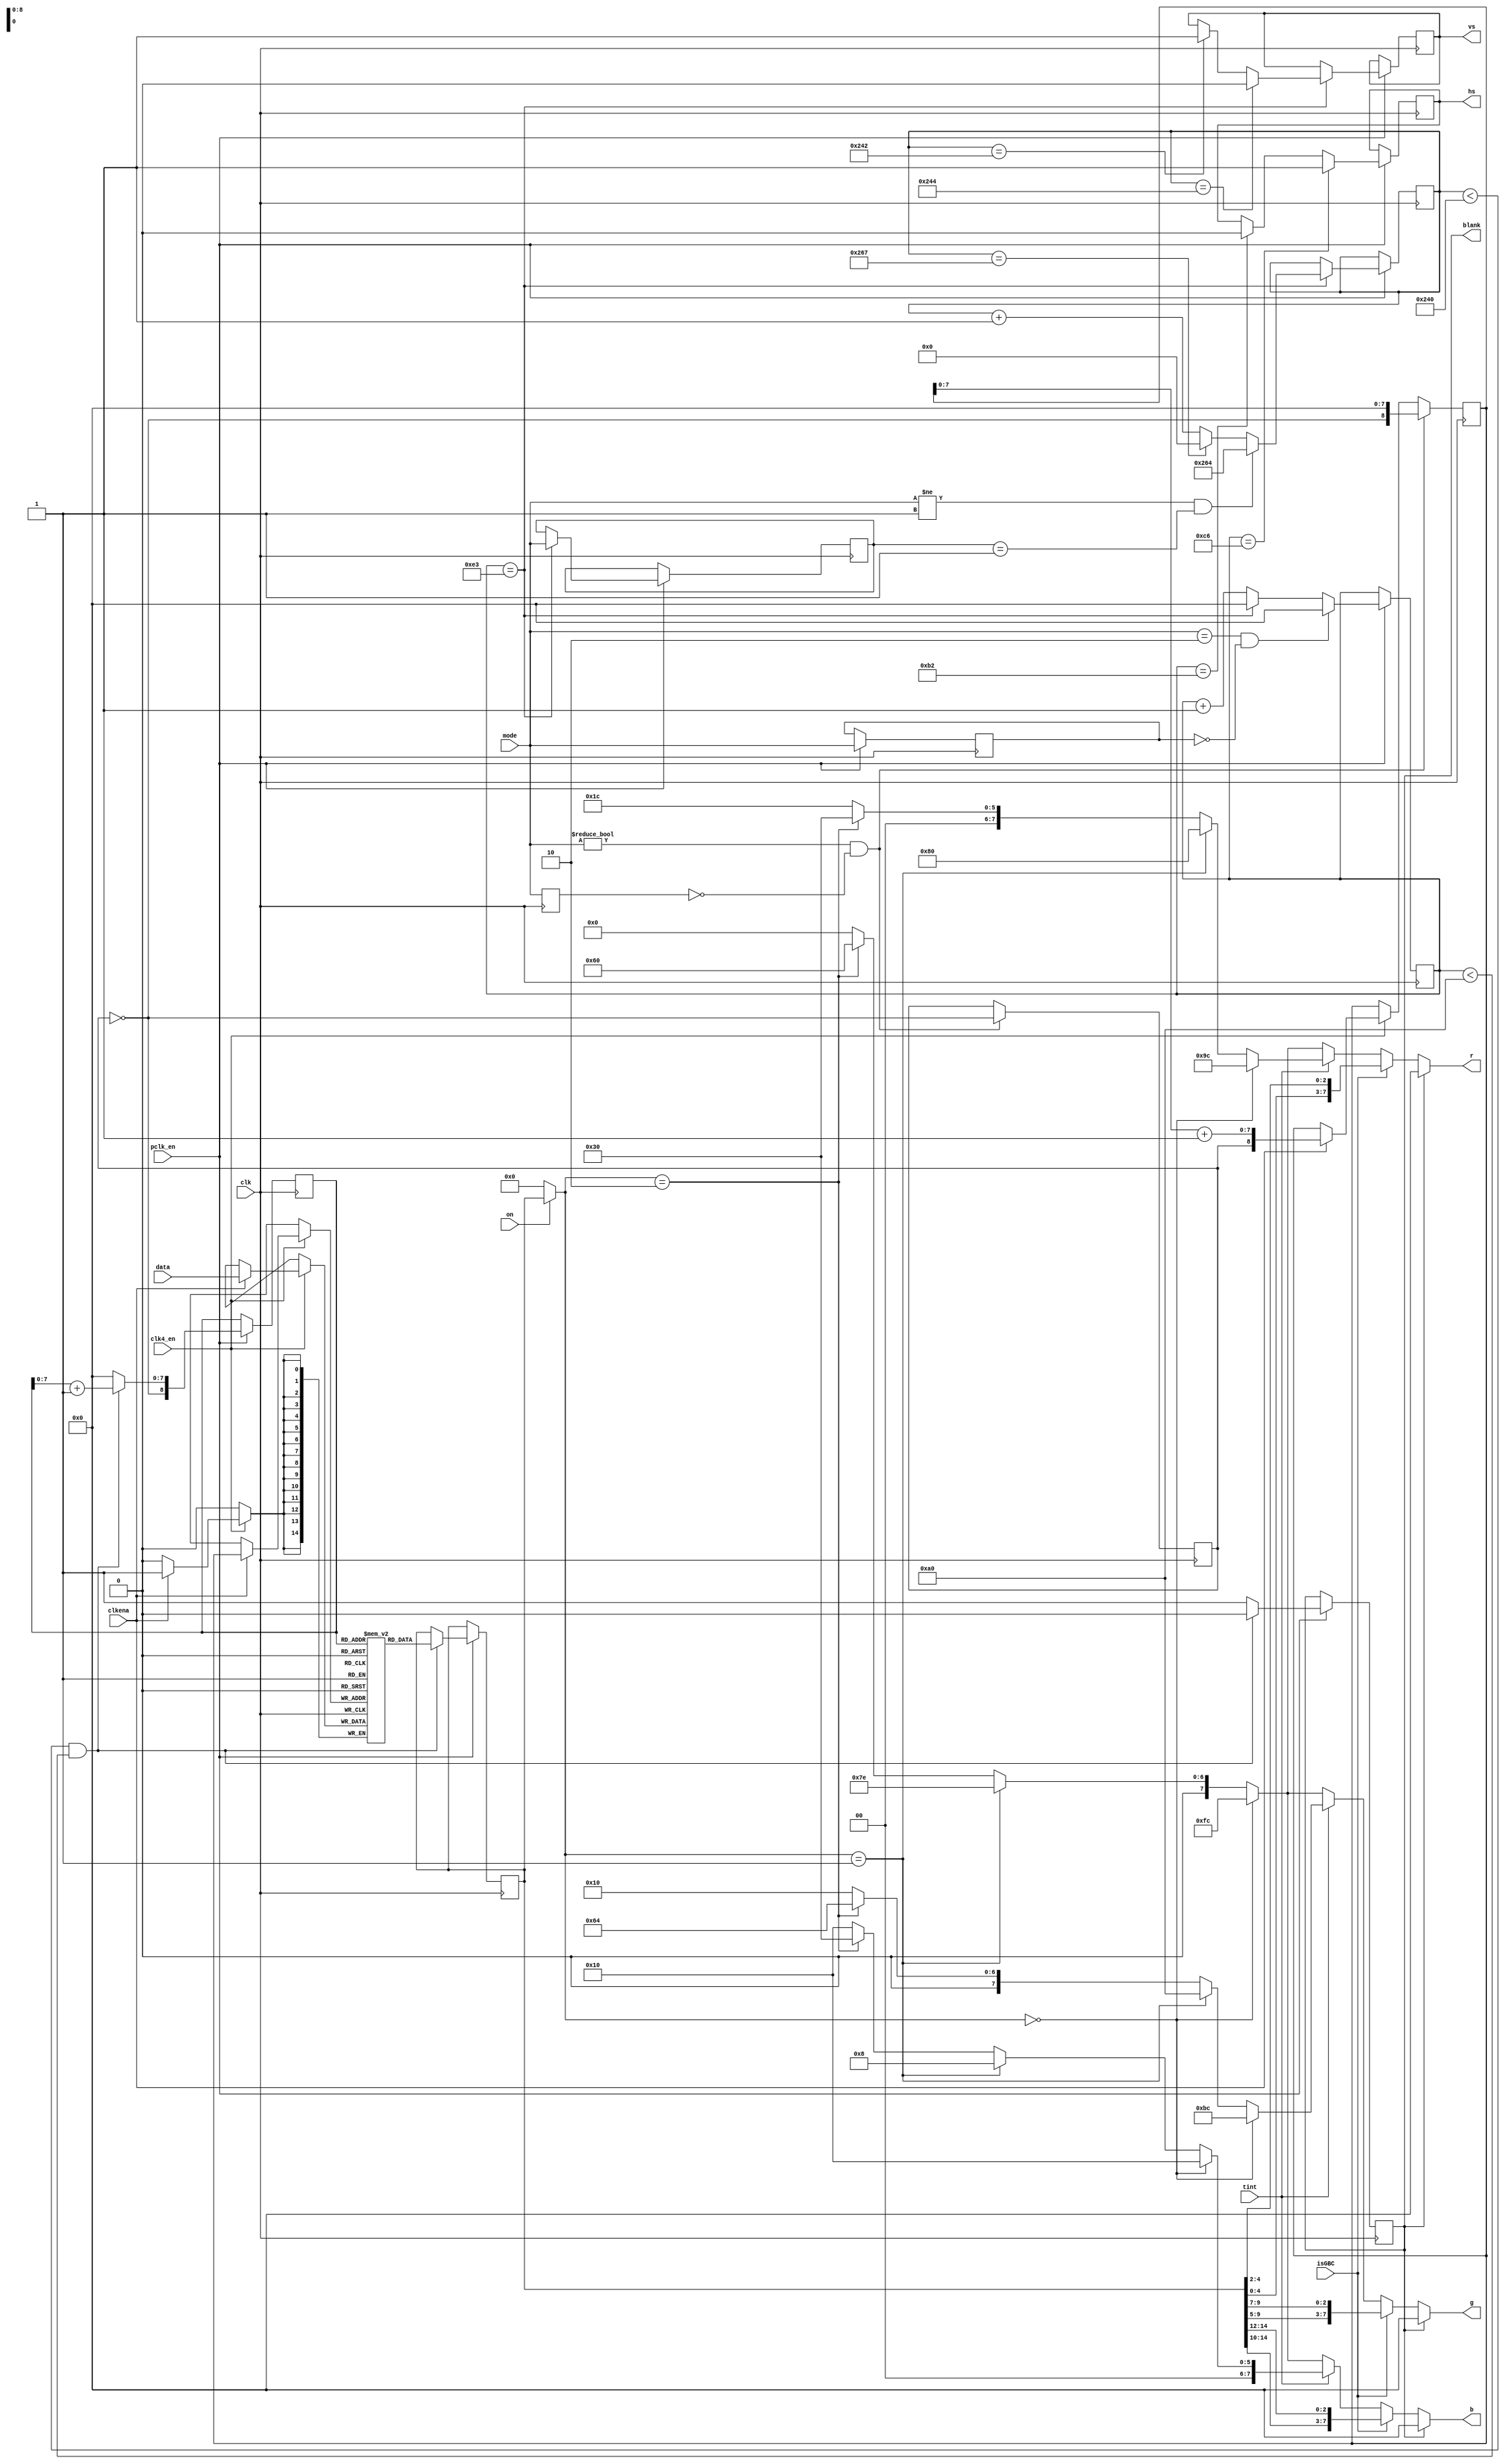
// Gameboy for the MiST
// (c) 2015 Till Harbaum

// The gameboy lcd runs from a shift register which is filled at 4194304 pixels/sec

module lcd (
	input   clk,
	input   clk4_en,
	input   clkena,
	input [14:0] data,
	input [1:0] mode,
	input  isGBC,

	input tint,
	
	// pixel clock
	input  pclk_en,
	input  on,

	// VGA output
	output reg	hs,
	output reg 	vs,
	output [7:0] r,
	output [7:0] g,
	output [7:0] b,
	output reg  blank
);

// Mode 00:  h-blank
// Mode 01:  v-blank
// Mode 10:  oam
// Mode 11:  oam and vram

// space for 2*160 pixel
reg [8:0] shift_reg_wptr;
reg p_toggle;
reg [14:0] shift_reg [511:0];
reg [1:0] last_mode_in;

// shift register input
always @(posedge clk) begin
	// end of vsync
	if(clk4_en) begin
		if(clkena) begin
			shift_reg[shift_reg_wptr] <= data;
			shift_reg_wptr <= {p_toggle, shift_reg_wptr[7:0] + 1'd1};
		end
	end

	last_mode_in <= mode;
	// reset write pointer at end of hsync phase
	if((mode != 2'b00) && (last_mode_in == 2'b00)) begin
		shift_reg_wptr <= {!p_toggle, 8'd0};
		p_toggle <= !p_toggle;
	end
end

// 
parameter H   = 160;    // width of visible area
parameter HFP = 18;     // unused time before hsync
parameter HS  = 20;     // width of hsync
parameter HBP = 30;     // unused time after hsync
// total = 228

parameter V   = 576;    // height of visible area
parameter VFP = 2;      // unused time before vsync
parameter VS  = 2;      // width of vsync
parameter VBP = 36;     // unused time after vsync
// total = 616

reg[7:0] h_cnt;         // horizontal pixel counter
reg[9:0] v_cnt;         // vertical pixel counter

// horizontal pixel counter
reg [1:0] last_mode_h;
always@(posedge clk) begin
  if (pclk_en) begin
	last_mode_h <= mode;
	
	if(h_cnt==H+HFP+HS+HBP-1)   h_cnt <= 0;
	else                        h_cnt <= h_cnt + 1'd1;

	// generate negative hsync signal
	if(h_cnt == H+HFP)    hs <= 1'b0;
	if(h_cnt == H+HFP+HS) hs <= 1'b1;

	// synchronize to input mode
	// end of hblank
	if((mode == 2'b10) && (last_mode_h == 2'b00))
		h_cnt <= 0;
  end
end

// veritical pixel counter
reg [1:0] last_mode_v;
always@(posedge clk) begin
  if (pclk_en) begin
	// the vertical counter is processed at the begin of each hsync
	if(h_cnt == H+HFP+HS+HBP-1) begin
		if(v_cnt==VS+VFP+V+VBP-1)  v_cnt <= 0; 
		else							   v_cnt <= v_cnt + 1'd1;

	   // generate positive vsync signal
		if(v_cnt == V+VFP)    vs <= 1'b1;
		if(v_cnt == V+VFP+VS) vs <= 1'b0;

		last_mode_v <= mode;

		// synchronize to input mode
		// end of mode 01 (vblank)
		// make and offset of - 4 for the 4 line delay of the scandoubler
		if((mode != 2'b01) && (last_mode_v == 2'b01))
			v_cnt <= 10'd616-10'd4;
	end
  end
end

// -------------------------------------------------------------------------------
// ------------------------------- pixel generator -------------------------------
// -------------------------------------------------------------------------------
reg [14:0] pixel_reg;
reg [8:0] shift_reg_rptr;

always@(posedge clk) begin
  if (pclk_en) begin
	// visible area?
	if((v_cnt < V) && (h_cnt < H)) begin
		blank <= 1'b0;
		pixel_reg <= shift_reg[shift_reg_rptr];
		shift_reg_rptr <= {!p_toggle, shift_reg_rptr[7:0] + 1'd1};
	end else begin
		blank <= 1'b1;
		shift_reg_rptr <= {!p_toggle, 8'd0};
	end
  end
end

wire [14:0] pixel = on?pixel_reg:15'd0;

// gameboy "color" palette
wire [7:0] yellow_r = (pixel==0)?8'b10011100:(pixel==1)?8'b10000000:  // 1:100011
		     (pixel==2)?8'b00110000:8'b00011100;
wire [7:0] yellow_g = (pixel==0)?8'b10111100:(pixel==1)?8'b10100000:  // 1:101011
		     (pixel==2)?8'b01100100:8'b00010000;
wire [7:0] yellow_b = (pixel==0)?8'b00010000:(pixel==1)?8'b00001000:  // 1:000100
		     (pixel==2)?8'b00110000:8'b00010000;

// greyscale
wire [7:0] grey = (pixel==0)?8'd252:(pixel==1)?8'd126:(pixel==2)?8'd96:8'd0;

assign r = blank?8'b00000000:isGBC ? {pixel_reg [4: 0], pixel_reg[ 4: 2]} : (tint?yellow_r:grey);
assign g = blank?8'b00000000:isGBC ? {pixel_reg [9: 5], pixel_reg[ 9: 7]} : (tint?yellow_g:grey);
assign b = blank?8'b00000000:isGBC ? {pixel_reg[14:10], pixel_reg[14:12]} : (tint?yellow_b:grey);

endmodule